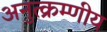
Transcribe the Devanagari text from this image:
अनुत्क्रम्णीय